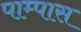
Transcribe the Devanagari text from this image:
पाम्पास